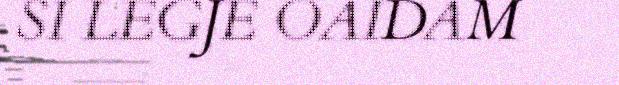
SI LEGJE OAIDAM